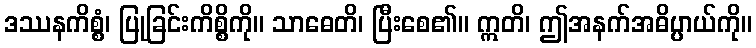
ဒဿနကိစ္စံ၊ ပြုခြင်းကိစ္စိကို။ သာဓေတိ၊ ပြီးစေ၏။ ဣတိ၊ ဤအနက်အဓိပ္ပာယ်ကို။